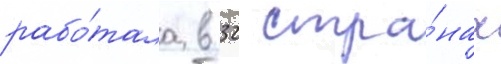
рабо́тала в 32 стра́нах